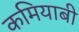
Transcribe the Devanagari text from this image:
कमियाबी